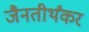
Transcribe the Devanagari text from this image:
जैनतीर्थंकर